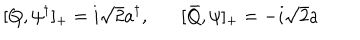
LaTeX: [ Q , \psi ^ { \dagger } ] _ { + } = i { \sqrt 2 } a ^ { \dagger } , [ \bar { Q } , \psi ] _ { + } = - i { \sqrt 2 } a